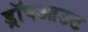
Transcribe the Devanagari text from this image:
ड्रॉपआउट